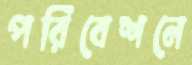
পরিবেশনে